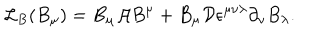
{ \cal L } _ { B } ( B _ { \mu } ) = B _ { \mu } { \cal A } B ^ { \mu } + B _ { \mu } { \cal D } \epsilon ^ { \mu \nu \lambda } \partial _ { \nu } B _ { \lambda } .